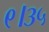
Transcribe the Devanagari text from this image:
९।३५